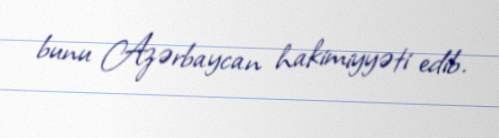
bunu Azərbaycan hakimiyyəti edib.